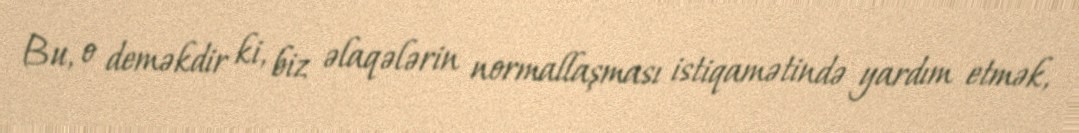
Bu, o deməkdir ki, biz əlaqələrin normallaşması istiqamətində yardım etmək,